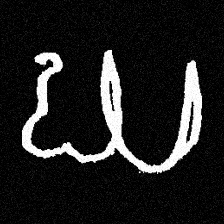
Pyu character \u2014 Myanmar letter: ဃ (romanized: gha)